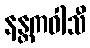
နန္တကဝါသီ